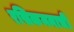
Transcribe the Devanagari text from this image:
रसिकमनाची